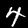
Label: 4